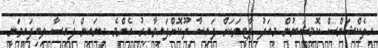
އިލެކްޝަންސް ކޮމިޝަނުން މިއަދު ޕާޓީތަކަށް ފައިސާ ދޫކޮށްފައިވާއިރު އެންމެ ގިނައިން ފައިސާ ލިބިފައިވަނީ